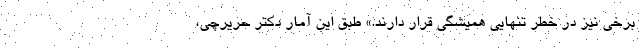
برخی نیز در خطر تنهایی همیشگی قرار دارند.» طبق این آمار دکتر حریرچی،